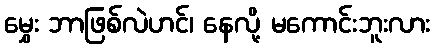
မွှေး ဘာဖြစ်လဲဟင်၊ နေလို့ မကောင်းဘူးလား